Indian journal of veterinary science and animal husbandry - Volumes 26-27, 1956-1957
Year: 1956
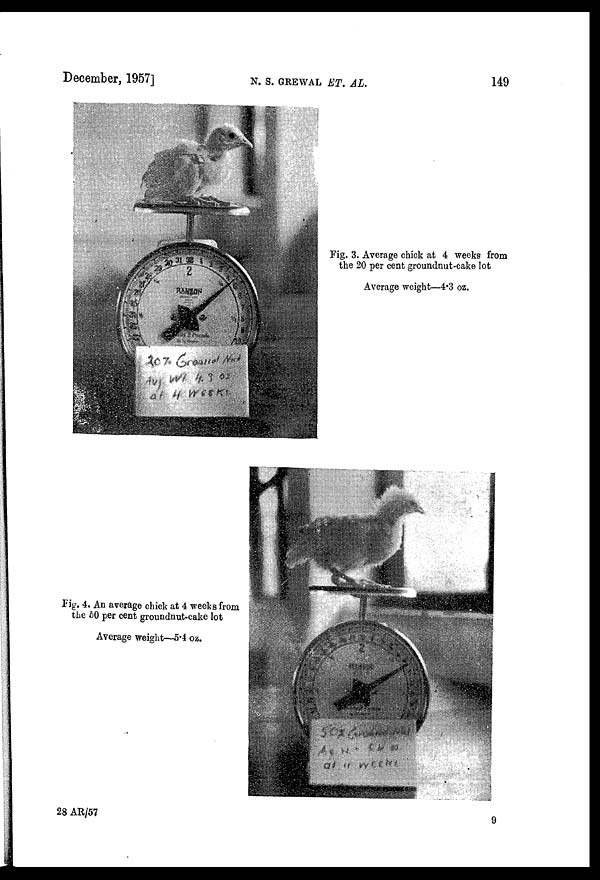
December, 1957] N. S. GREWAL ET. AL.
Fig. 3. Average chick at 4 weeks from
the 20 per cent groundnut-cake lot
Average weight—4.3 oz.
Fig. 4. An average chick at 4 weeks from
the 50 per cent groundnut-cake lot
Average weight—5.4 oz.
28 AR/57
9